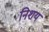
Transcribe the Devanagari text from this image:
निशय